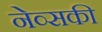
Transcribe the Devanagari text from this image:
नेव्सकी